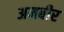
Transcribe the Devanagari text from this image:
अमबीर